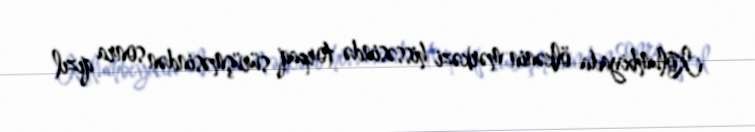
Kolumbiyada ölkənin mərkəzi hissəsində torpaq sürüşməsindən sonra qızıl